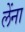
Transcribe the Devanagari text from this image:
लेंना